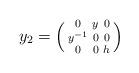
LaTeX: \begin{align*}y_2=\left(\begin{smallmatrix} 0 & y & 0 \\ y^{-1} & 0 & 0 \\ 0 & 0 & h \end{smallmatrix}\right)\end{align*}